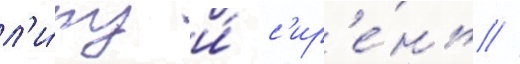
л'и́пу и́ с'ир'е́нь //